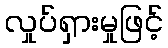
လှုပ်ရှားမှုဖြင့်